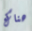
هناك